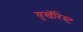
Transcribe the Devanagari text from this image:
युखॅरिस्ट